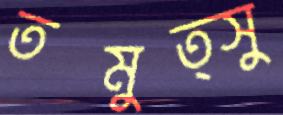
তমুত্সু